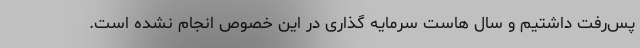
پس‌رفت داشتیم و سال هاست سرمایه گذاری در این خصوص انجام نشده است.